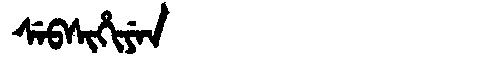
Manchu: ᠰᡝᠪᠰᡳᡥᡳᠶᡝᠨ
Romanization: SEBSIHIYEN